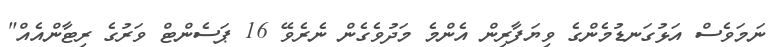
ނަމަވެސް އަޅުގަނޑުމެންގެ ވިޔަފާރިން އެންމެ މަދުވެގެން ނެރެވޭ 16 ޕަސެންޓް ވަރުގެ ރިޓާންއެއް"